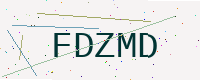
Text: FDZMD